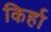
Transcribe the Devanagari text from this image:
किर्हा